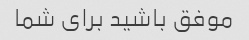
موفق باشید برای شما